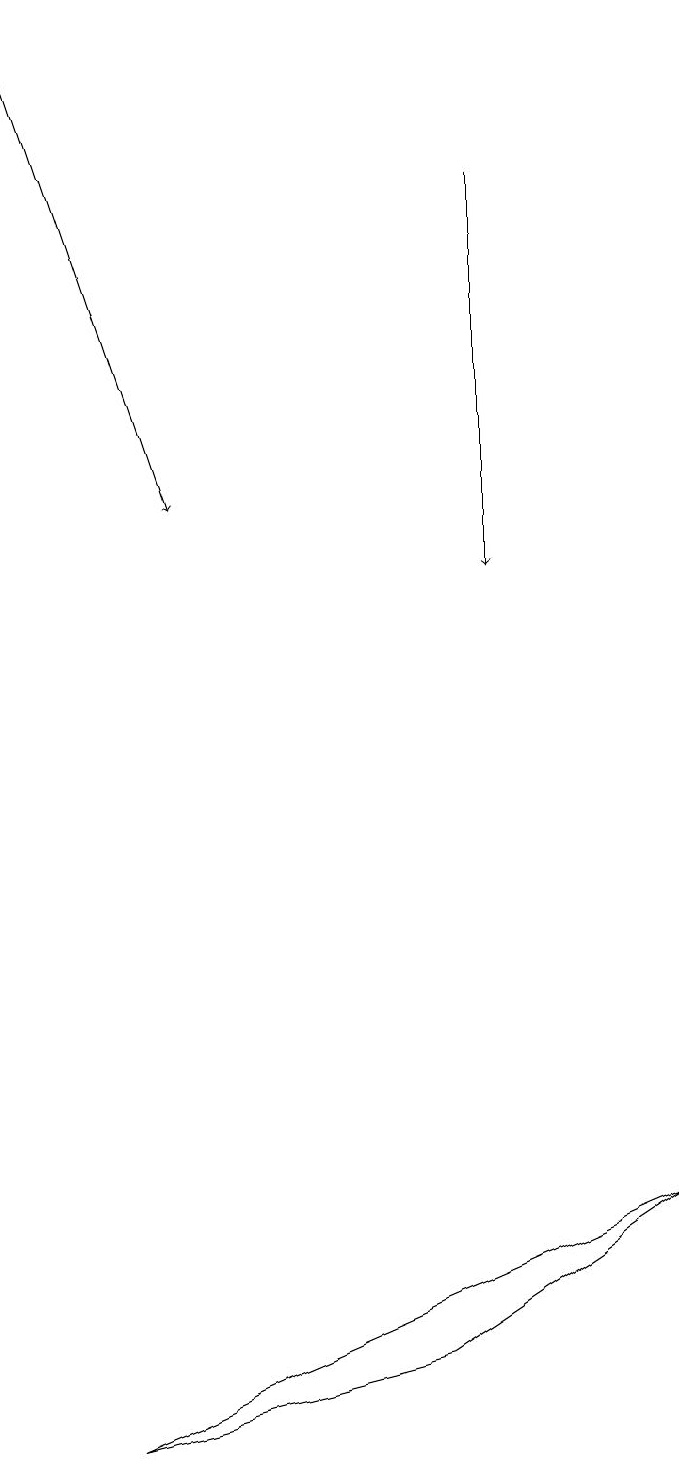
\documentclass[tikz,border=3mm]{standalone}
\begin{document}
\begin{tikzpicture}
\draw[->] (7,17) -- (7,12);
\draw[->] (1,19) -- (3,13);
\draw (6,2) -- (9,4) -- (2,1) -- cycle;
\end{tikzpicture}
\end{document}